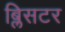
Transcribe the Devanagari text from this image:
ब्लिसटर